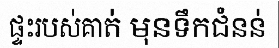
ផ្ទះរបស់គាត់ មុនទឹកជំនន់